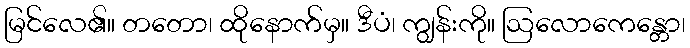
မြင်လေ၏။ တတော၊ ထိုနောက်မှ။ ဒီပံ၊ ကျွန်းကို။ ဩလောကေန္တော၊